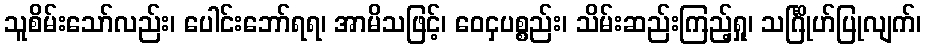
သူစိမ်းသော်လည်း၊ ပေါင်းဘော်ရရ၊ အာမိသဖြင့်၊ ဝေငှပစ္စည်း၊ သိမ်းဆည်းကြည့်ရှု၊ သင်္ဂြိုဟ်ပြုလျက်၊